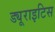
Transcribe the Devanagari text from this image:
ड्यूराइटिस